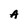
Character: A